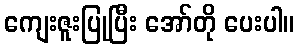
ကျေးဇူးပြုပြီး အော်တို ပေးပါ။